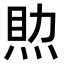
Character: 𤉏